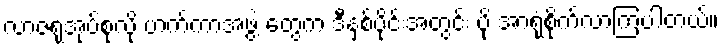
လာဇရုအုပ်စုလို ဟက်ကာအဖွဲ့ တွေက ဒီနှစ်ပိုင်းအတွင်း ပို အာရုံစိုက်လာကြပါတယ်။